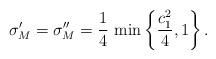
LaTeX: \begin{align*}\sigma'_M=\sigma_M''=\frac{1}{4}\, \min\left\{\frac{c_1^2}{4},1\right\}.\end{align*}